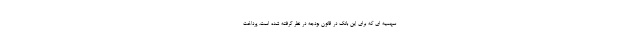
سهمیه ای که برای این بانک در قانون بودجه در نظر گرفته شده است، پرداخت